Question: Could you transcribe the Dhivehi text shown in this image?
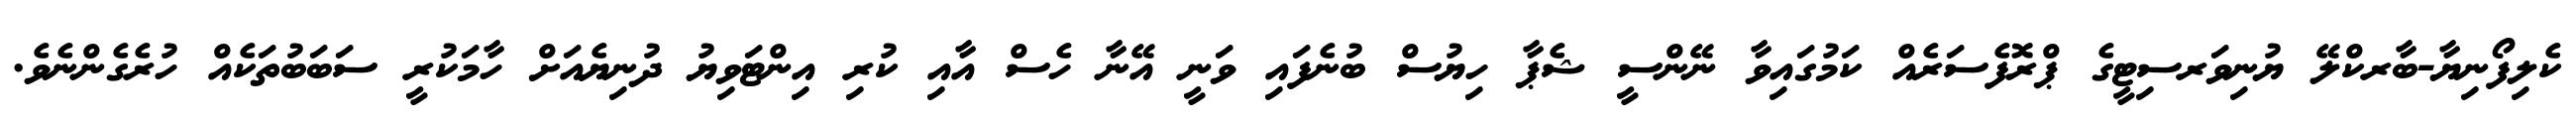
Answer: ކެލިފޯނިޔާ-ބާރކްލޭ ޔުނިވަރސިޓީގެ ޕްރޮފެސަރެއް ކަމުގައިވާ ނޭންސީ ޝެޕާ ހިޔުސް ބުނެފައި ވަނީ އޭނާ ހެސް އާއި ކުރި އިންޓަވިޔު ދުނިޔެއަށް ހާމަކުރީ ސަބަބުތަކެއް ހުރެގެންނެވެ.